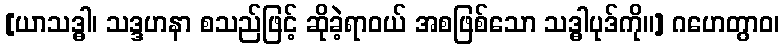
[ယာသဒ္ဓါ၊ သဒ္ဒဟနာ စသည်ဖြင့် ဆိုခဲ့ရာဝယ် အစဖြစ်သော သဒ္ဓါပုဒ်ကို။] ဂဟေတွာဝ၊